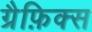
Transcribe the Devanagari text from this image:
ग्रैफ़िक्स